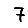
Digit: 7